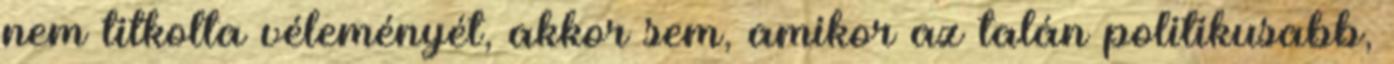
nem titkolta véleményét, akkor sem, amikor az talán politikusabb,